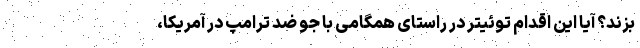
بزند؟ آیا این اقدام توئیتر در راستای همگامی با جو ضد ترامپ در آمریکا،